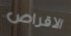
الاقراص